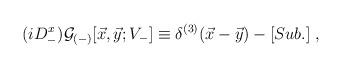
LaTeX: \begin{align*}(i D_-^x) {\cal G}_{(-)}[{\vec x},{\vec y}; V_-] \equiv\delta^{(3)}({\vec x} - {\vec y}) - [Sub.] \;,\end{align*}